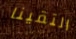
التقينا